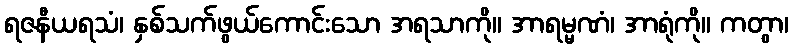
ရဇနီယရသံ၊ နှစ်သက်ဖွယ်ကောင်းသော အရသာကို။ အာရမ္မဏံ၊ အာရုံကို။ ကတွာ၊